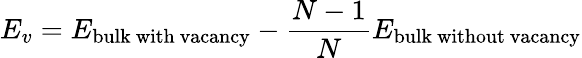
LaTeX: E_{v}=E_{\mathrm{bulk\ with\ vacancy}}-\frac{N-1}{N}E_{\mathrm{bulk\ without\ vacancy}}